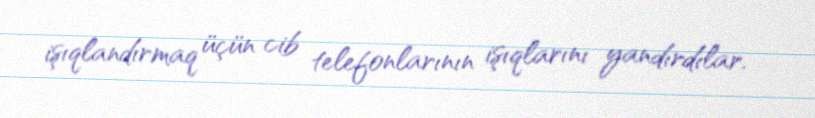
işıqlandırmaq üçün cib telefonlarının işıqlarını yandırdılar.